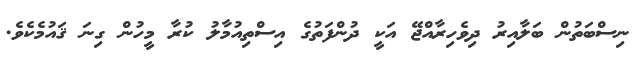
ނިސްބަތުން ބަލާއިރު ދިވެހިރާއްޖޭ އަކީ ދުންފަތުގެ އިސްތިއުމާލު ކުރާ މީހުން ގިނަ ޤައުމެކެވެ.